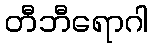
တီဘီရောဂါ